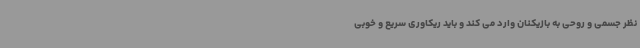
نظر جسمی و روحی به بازیکنان وارد می کند و باید ریکاوری سریع و خوبی